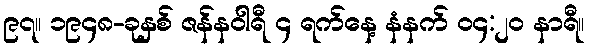
၉၇။ ၁၉၄၈-ခုနှစ် ဇန်နဝါရီ ၄ ရက်နေ့ နံနက် ၀၄:၂၀ နာရီ။